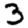
Digit: 3